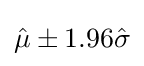
{\hat {\mu }}\pm 1.96{\hat {\sigma }}